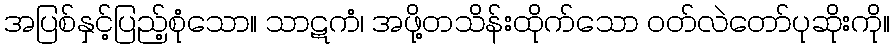
အပြစ်နှင့်ပြည့်စုံသော။ သာဋကံ၊ အဖို့တသိန်းထိုက်သော ဝတ်လဲတော်ပုဆိုးကို။